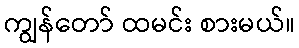
ကျွန်တော် ထမင်း စားမယ်။